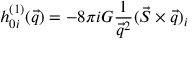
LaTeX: h _ { 0 i } ^ { ( 1 ) } ( \vec { q } ) = - 8 \pi i G { \frac { 1 } { \vec { q } ^ { 2 } } } ( \vec { S } \times \vec { q } ) _ { i }